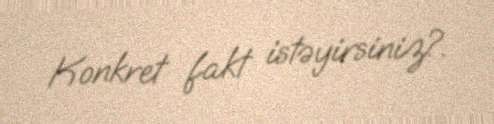
Konkret fakt istəyirsiniz?.